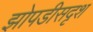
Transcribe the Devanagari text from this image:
झोपडीसदृश